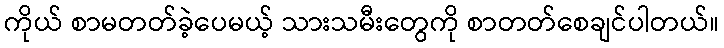
ကိုယ် စာမတတ်ခဲ့ပေမယ့် သားသမီးတွေကို စာတတ်စေချင်ပါတယ်။